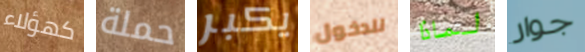
كهؤلاء حملة يكبر للدخول لماذا جوار